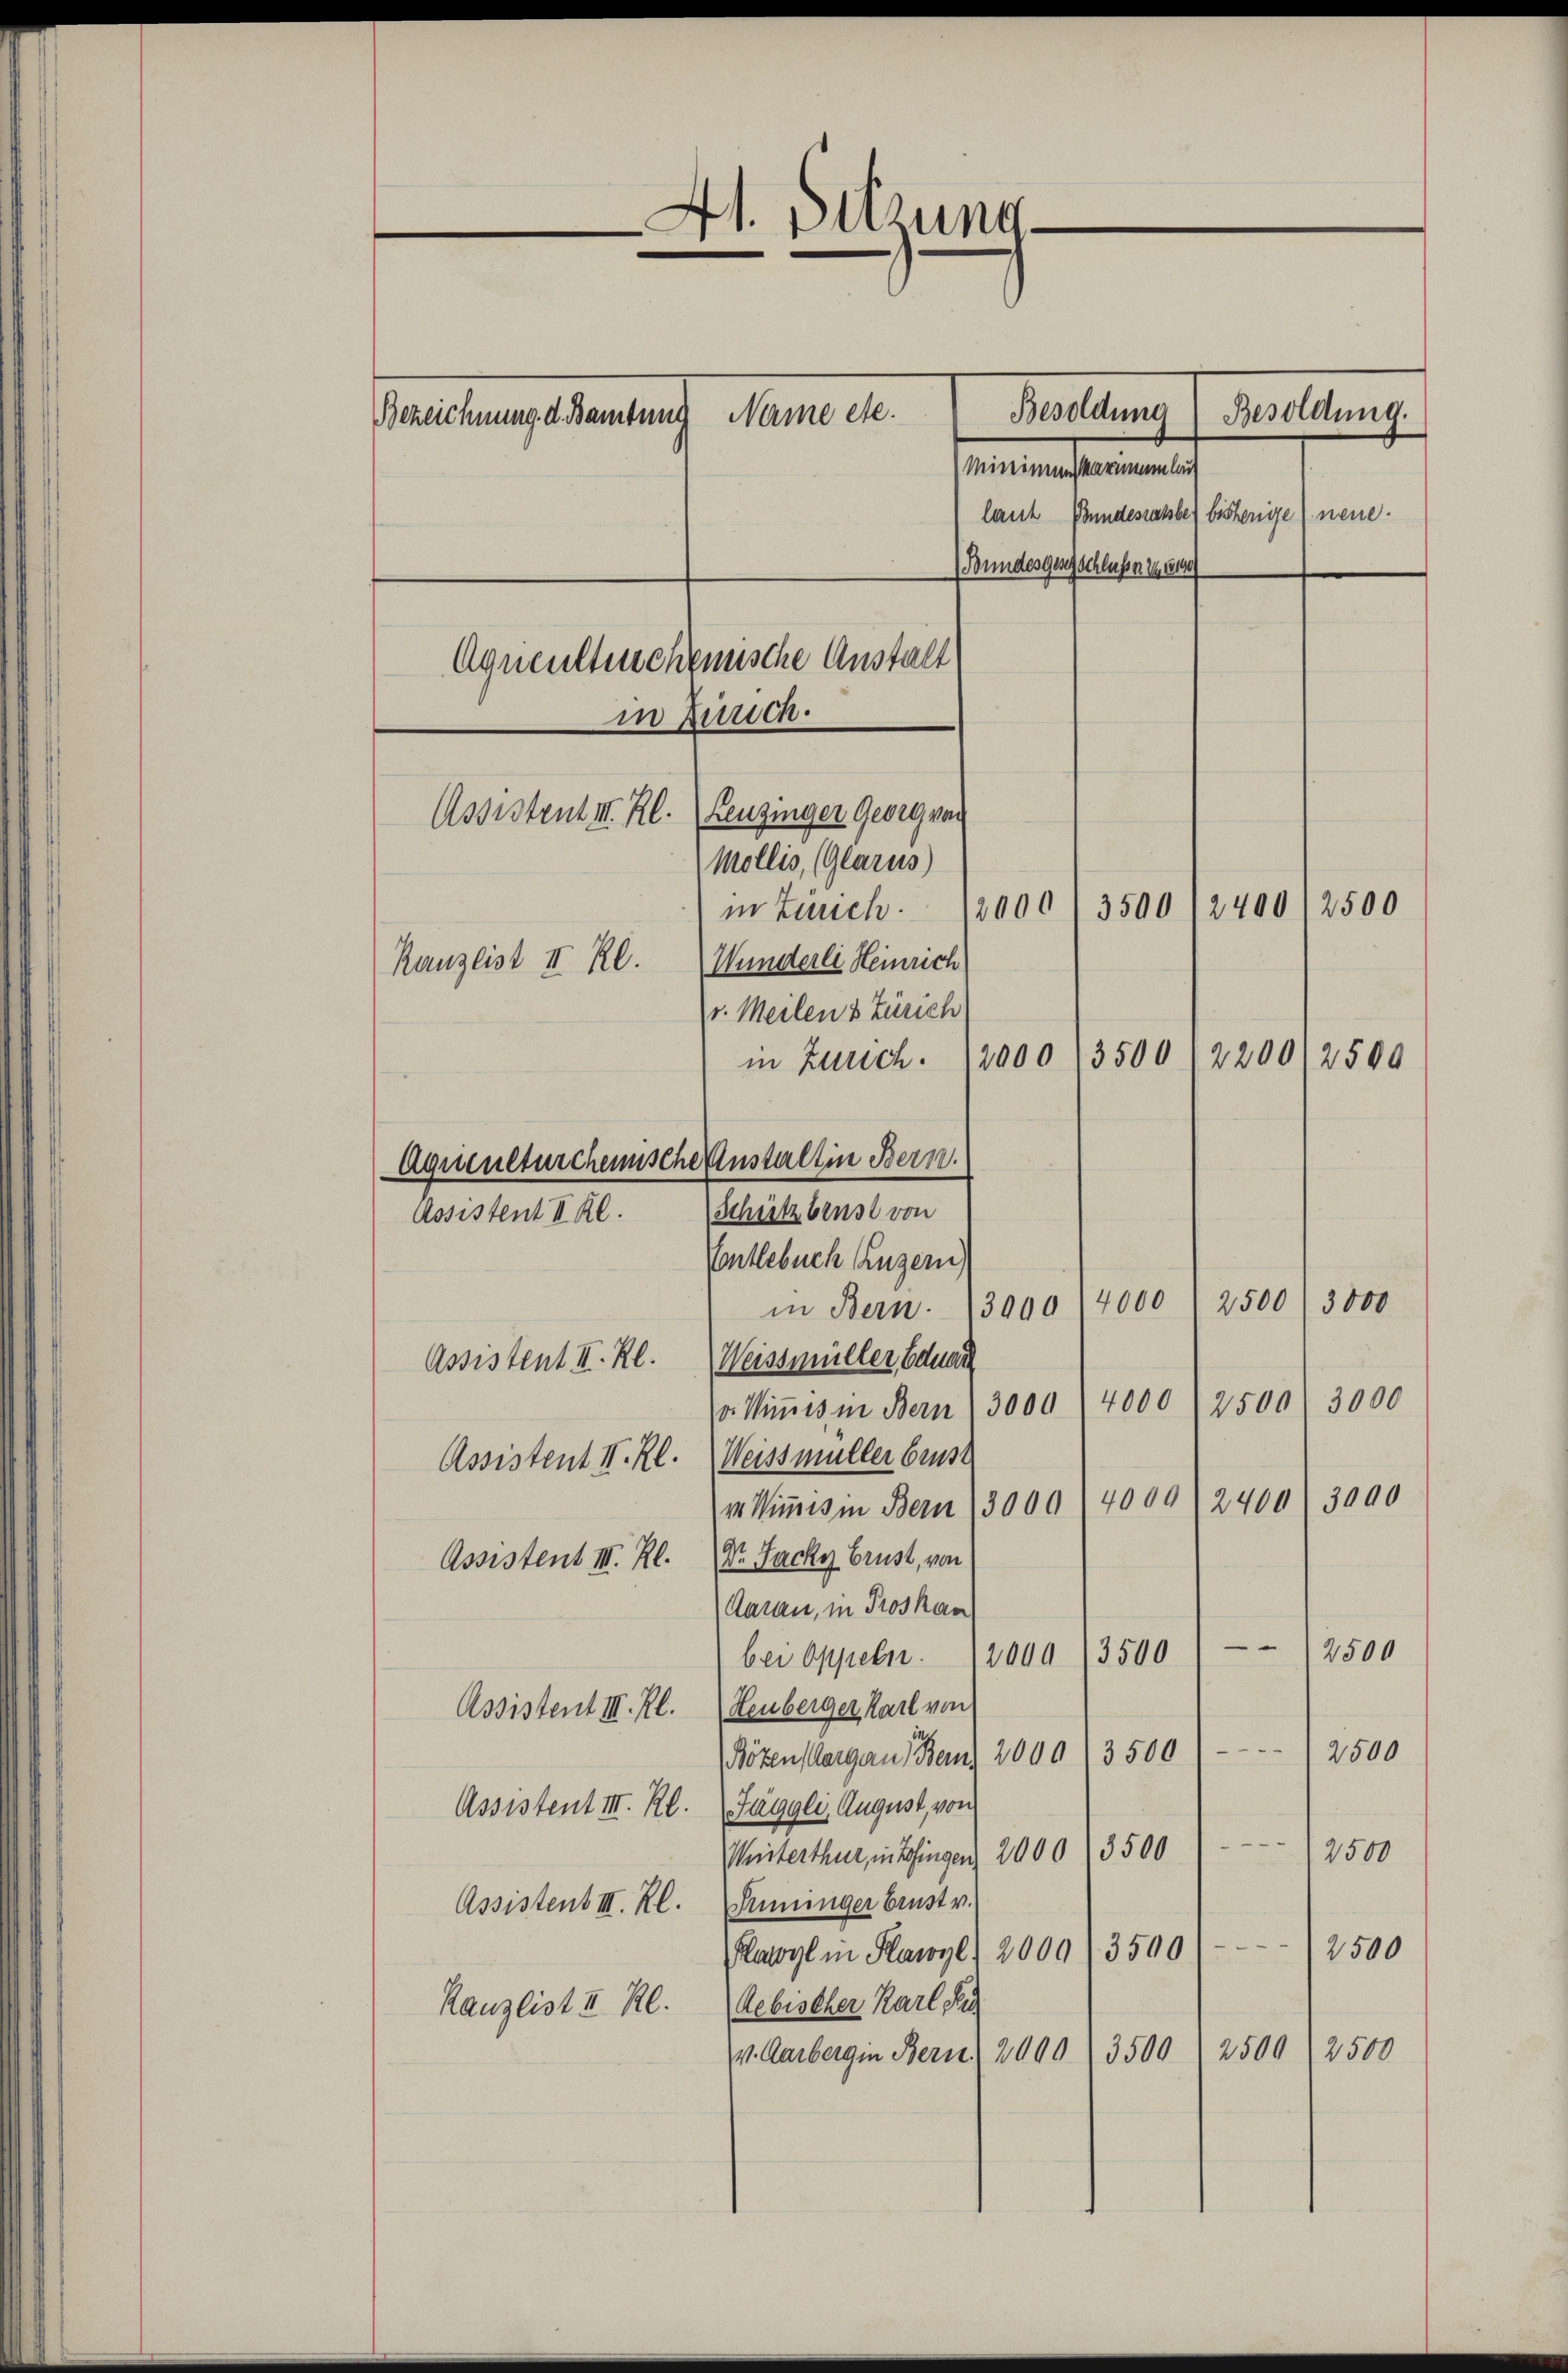
41. Sitzung.
Besoldung Besoldung.
Bezeichnung d. Bamtung Name etc.
Minimus Marmen lau
laut Bundesratsber bishenge neue.
(Bundesgeschlusse I 51
Aqueutterchemische Anstalt
in Zürch.
Assistent III. Kl. (Leuzinger Georg vor
Mollis, (Glarus)
in Zürch. 12000' 3500/2400/2500
Kanzlist II Rl. Wunderli Heinrich
v. Meilen & Zürich
3500 2200/2500
in Zürich. 12000

Aquculturcheinsche Anstalt in Bern.

Schutzbrust von

Assistent II Kl.
Vontlebuch Luzern,
2500
3000
in Bern. 13000 4000
Assistent III. Kl. Weissmüller Eduar
v Wiṁis in Bern) 3000 (4000 (2500 3000
Assistent II. Kl. Weissmüller brust
v Wimmes in Bern 13000 - 4000 f 2400. 3000
Assistent III. Kl. Dr. Jacky brust, von
Aarau, in Troskau
—
2500
ber Appeln. 12000 (3500
Assistent III. Kl. Heuberger Karl von
Böten argen Bern 2000. 3500 " " 2500
Assistent III. Kl. (Jäggli, August, von
Weisterthur, in Zofingen 2000) 3500 — 1 2500
Assistent III. Kl. Sinnunger brust v.
Rawyl in Plawyl) 2000, 3500 (12500
Kanzlist II Rl. (Rebischer Karl S
2500) 2500
v. Aarbergen Bern 2000 f 3500